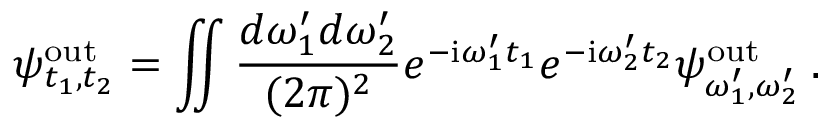
\psi _ { t _ { 1 } , t _ { 2 } } ^ { \mathrm { o u t } } = \iint \frac { d \omega _ { 1 } ^ { \prime } d \omega _ { 2 } ^ { \prime } } { ( 2 \pi ) ^ { 2 } } e ^ { - \mathrm { i } \omega _ { 1 } ^ { \prime } t _ { 1 } } e ^ { - \mathrm { i } \omega _ { 2 } ^ { \prime } t _ { 2 } } \psi _ { \omega _ { 1 } ^ { \prime } , \omega _ { 2 } ^ { \prime } } ^ { \mathrm { o u t } } \: .